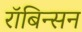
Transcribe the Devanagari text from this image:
रॉबिन्सन